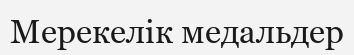
Мерекелік медальдер